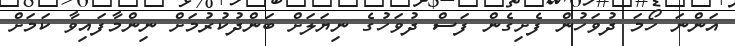
އަންނަ ހޯމަ ދުވަހުން ފެށިގެން ފަސް ދުވަހުގެ ނިޔަލަށް ބަންދުކުރުމަށް ނިންމާފައިވާ ކަމަށް